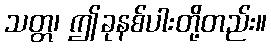
သတ္တ၊ ဤခုနစ်ပါးတို့တည်း။